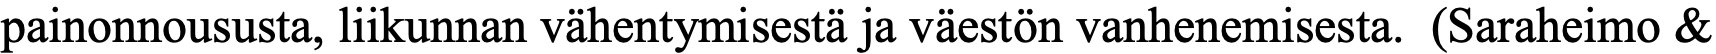
painonnoususta, liikunnan vähentymisestä ja väestön vanhenemisesta. (Saraheimo &